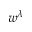
w ^ { \lambda }